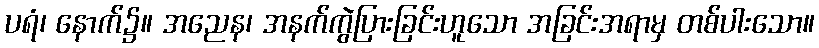
ပရံ၊ နောက်၌။ အညေန၊ အနက်ကွဲပြားခြင်းဟူသော အခြင်းအရာမှ တစ်ပါးသော။